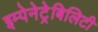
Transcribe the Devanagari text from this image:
इम्पेनेट्रेबिलिटी